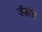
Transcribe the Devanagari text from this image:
जॅकॉब